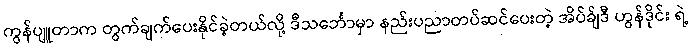
ကွန်ပျူတာက တွက်ချက်ပေးနိုင်ခဲ့တယ်လို့ ဒီသင်္ဘောမှာ နည်းပညာတပ်ဆင်ပေးတဲ့ အိပ်ခ်ျဒီ ဟွန်ဒိုင်း ရဲ့